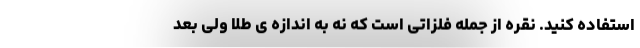
استفاده کنید. نقره از جمله فلزاتی است که نه به اندازه ی طلا ولی بعد